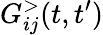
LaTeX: G_{ij}^{>}(t,t^{\prime})